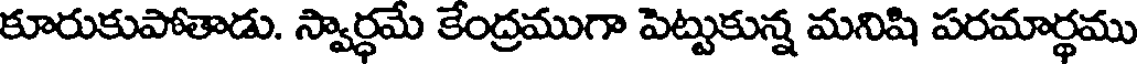
కూరుకుపోతాడు. స్వార్ధమే కేంద్రముగా పెట్టుకున్న మనిషి పరమార్థము